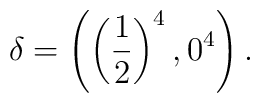
\delta = \left( \left(\frac{1}{2}\right)^{4},0^{4}\right).